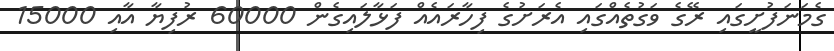
ގެމަނަފުށީގައި ރޭގެ ވަގުތެއްގައި އެރަށުގެ ފިހާރައެއް ފަޅާލައިގެން 60000 ރުފިޔާ އާއި 15000